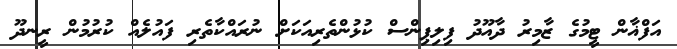
އަފްޣާން ޓީމުގެ ޒާމިރު ދާއޫދު ފިލިޕިންސް ކުޅުންތެރިއަކަށް ނުރައްކާތެރި ފައުލެއް ކުރުމުން ރީނދޫ